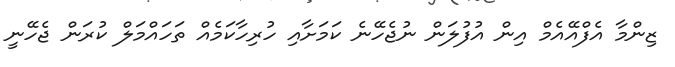
ޒިންމާ އެފްއޭއެމް އިން އުފުލަން ނުޖެހޭނެ ކަމަށާއި ހުރިހާކަމެއް ތަހައްމަލް ކުރަން ޖެހޭނީ